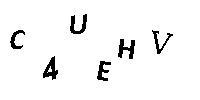
C4UEHV